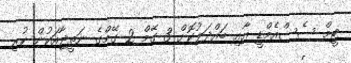
ޓީމް ސެސްއެމްޑީ އާއި ބައްދަލުކޮށް 3 ގޭމް 2 ގޭމްގެ ނަތީޖާއަކުން ކުރި